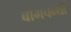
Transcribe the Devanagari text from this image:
बामपन्थी